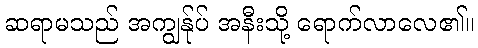
ဆရာမသည် အကျွန်ုပ် အနီးသို့ ရောက်လာလေ၏။